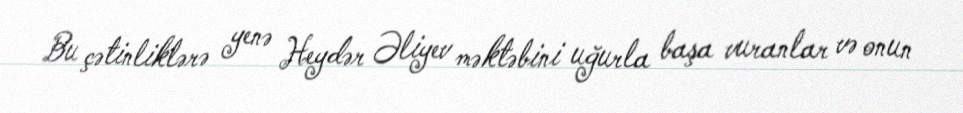
Bu çətinliklərə yenə Heydər Əliyev məktəbini uğurla başa vuranlar və onun